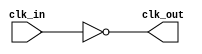
module Inverting_Clock_Buffer (
    input wire clk_in,   // Input clock signal
    output wire clk_out   // Inverted clock output signal
);

// Inverting the clock signal
assign clk_out = ~clk_in;

endmodule